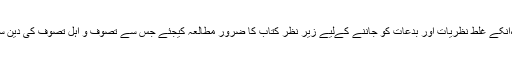
تصوف کیا ہے صوفیاء کے گھناؤنے کردار،انکے غلط نظریات اور بدعات کو جاننے کےلیے زیر نظر کتاب کا ضرور مطالعہ کیجئے جس سے تصوف و اہل تصوف کی دین سے بیزاری اور بد کرداری آیاں ہو جائے گی۔